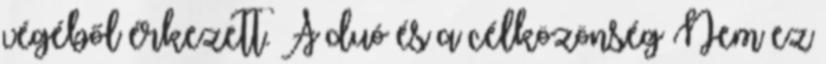
végéből érkezett. A duó és a célközönség Nem ez